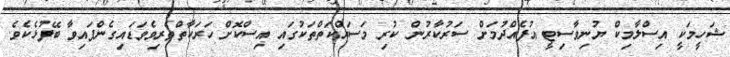
ޝަހީމަކީ އިސްލާމިކް ޔުނިވާސިޓީ އުފެއްދުމަށް ސަރުކާރުން ކުރި މަސައްކަތްތަކުގައި އިސްކޮށް ހަރަކާތްތެރިވެވަޑައިގެންފައިވާ ބޭފުޅެކެވެ.